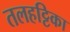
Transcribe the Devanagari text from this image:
तलहट्टिका